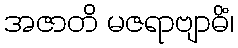
အဇာတိ မဇရာဗျာဓိံ၊